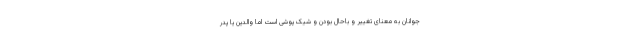
جوانان به معنای تغییر و باحال بودن و شیک پوشی است اما والدین یا پدر